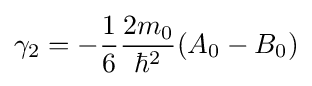
\gamma _{2}=-{\frac {1}{6}}{\frac {2m_{0}}{\hbar ^{2}}}(A_{0}-B_{0})